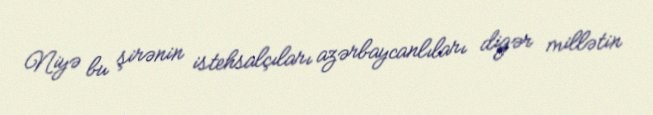
Niyə bu şirənin istehsalçıları azərbaycanlıları digər millətin